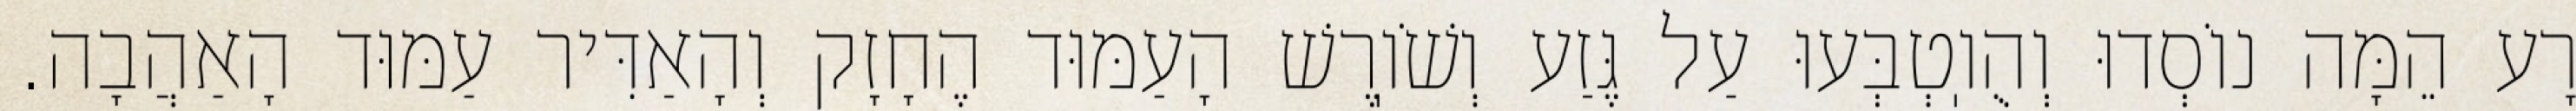
רָע הֵמָּה נוֹסְדוּ וְהֻוֽטְבְּעוּ עַל גֶּזַע וְשֹׁוֽרֶשׁ הָעַמּוּד הֶחָזָק וְהָאַדִּיר עַמּוּד הָאַהֲבָה.